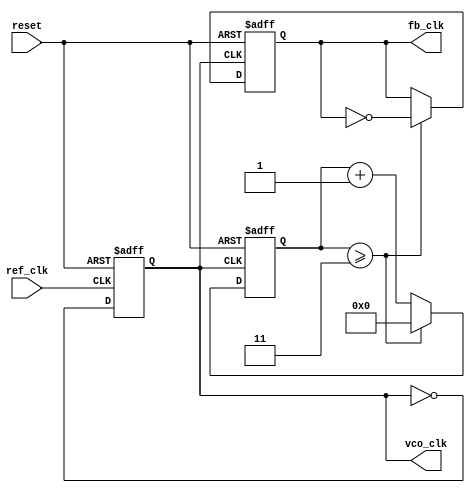
module pll (
    input wire ref_clk,        // Reference clock input
    input wire reset,          // Reset signal
    output reg vco_clk,        // Output clock from VCO
    output reg fb_clk          // Feedback clock from divider
);

    // Parameters for the Feedback Divider
    parameter DIV_RATIO = 4;   // Divider ratio for feedback clock

    // Internal signals
    reg [31:0] phase_error;     // Phase error signal
    reg [31:0] VCO_ctrl;        // Control voltage for VCO
    reg [31:0] vco_freq;        // VCO frequency
    reg [31:0] loop_filter_out; // Output from Loop Filter
    reg [31:0] feedback_counter; // Feedback counter for divider

    // Instantiate Phase Detector (PD)
    always @(posedge ref_clk or posedge reset) begin
        if (reset) begin
            phase_error <= 0;
        end else begin
            // Simplified phase detection logic
            // Here you would typically compare phases of ref_clk and fb_clk
            // This is a placeholder for the actual PD logic
            phase_error <= (fb_clk ? 1 : 0); // Placeholder logic
        end
    end

    // Implement Loop Filter
    always @(posedge ref_clk or posedge reset) begin
        if (reset) begin
            VCO_ctrl <= 0;
        end else begin
            // Simple passive filter model
            // This is a placeholder for actual filter logic
            loop_filter_out <= phase_error; // Direct assignment for simplification
            VCO_ctrl <= loop_filter_out;     // Control signal for VCO
        end
    end

    // Instantiate Voltage-Controlled Oscillator (VCO)
    always @(posedge ref_clk or posedge reset) begin
        if (reset) begin
            vco_freq <= 0;
            vco_clk <= 0;
        end else begin
            // Adjust VCO frequency based on control voltage
            // Simplified; in practice, this would require an analog model
            vco_freq <= VCO_ctrl; // Placeholder for frequency control logic
            // Toggle vco_clk based on vco_freq (simplified)
            vco_clk <= ~vco_clk; // Placeholder
        end
    end

    // Implement Feedback Divider
    always @(posedge vco_clk or posedge reset) begin
        if (reset) begin
            feedback_counter <= 0;
            fb_clk <= 0;
        end else begin
            // Increment the feedback counter
            feedback_counter <= feedback_counter + 1;
            // Divide by DIV_RATIO
            if (feedback_counter >= DIV_RATIO - 1) begin
                fb_clk <= ~fb_clk; // Toggle fb_clk
                feedback_counter <= 0; // Reset counter
            end
        end
    end

endmodule